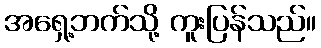
အရှေ့ဘက်သို့ ကူးပြန်သည်။